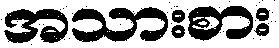
အသားစား